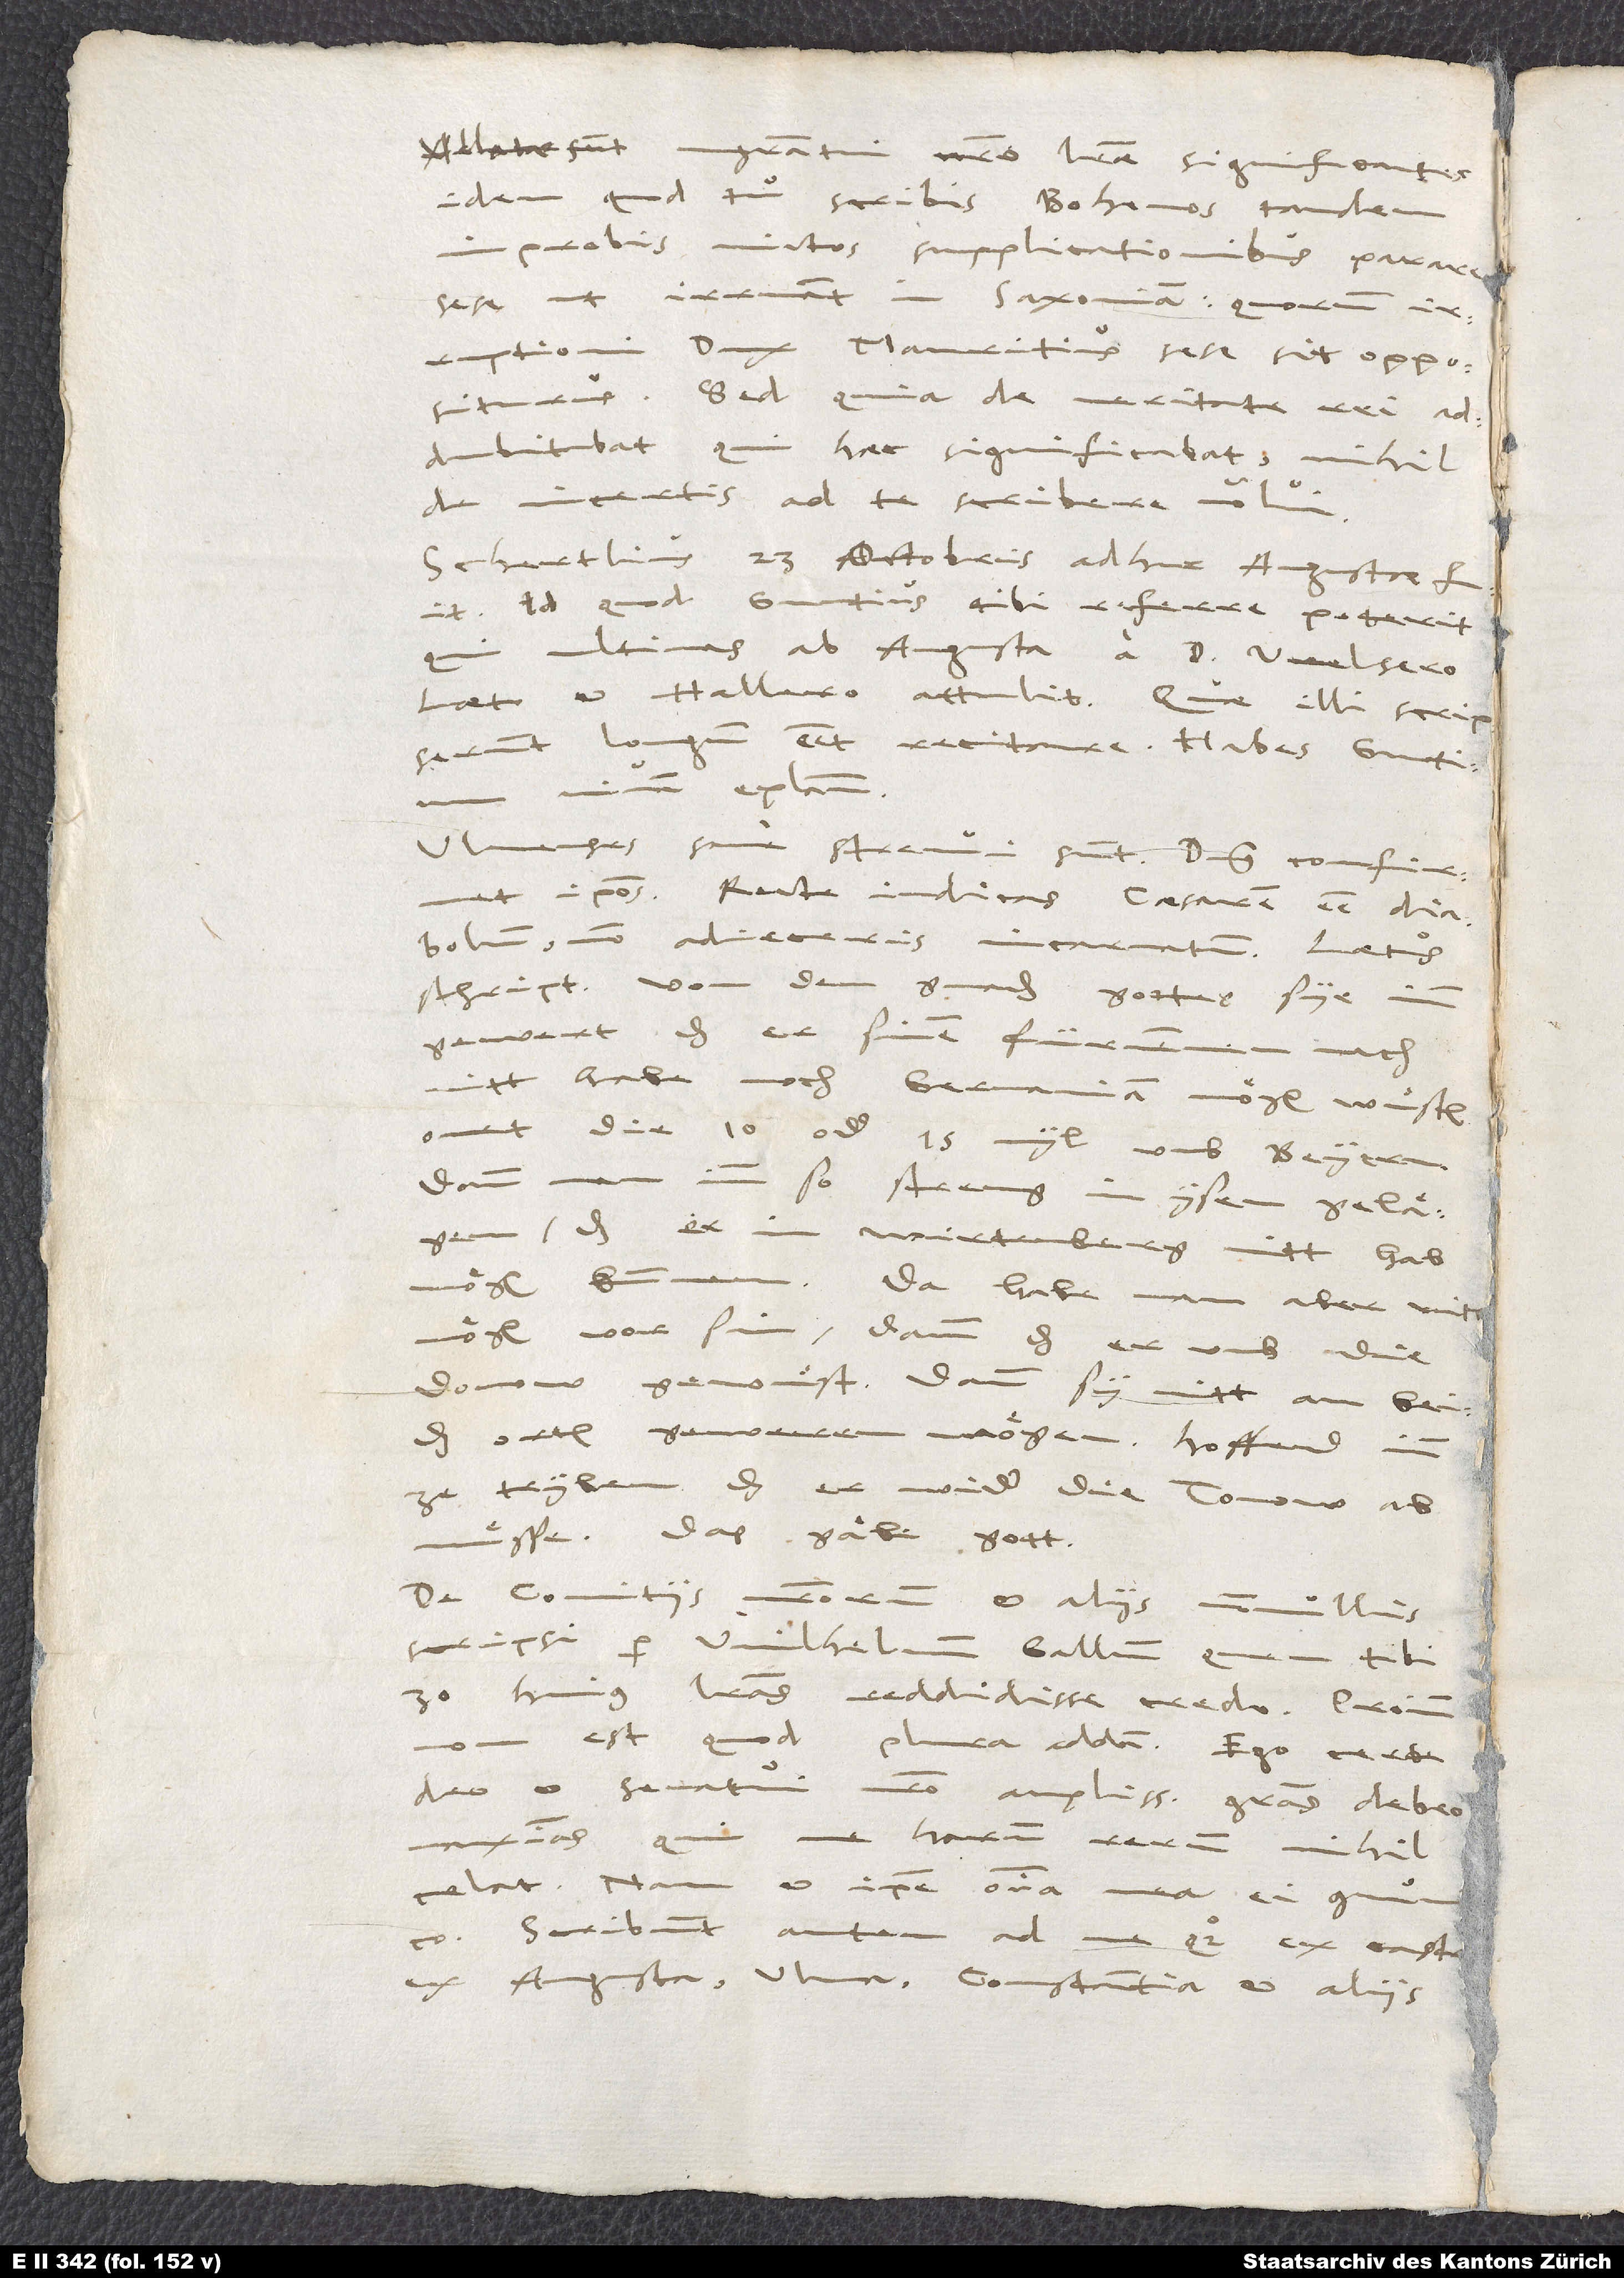
Allatae sunt magistratui nostro literae significantes
idem, quod tu scribis: Bohemos tandem
improbis victos supplicationibus parare
sese, ut irruant in Saxoniam, quorum
irruptioni dux Mauritius sese sit oppositurus.
Sed quia de veritate rei
addubitabat, qui haec significabat, nihil
de incertis ad te scribere volui.
Schertlius 23. octobris adhuc Augustae fuit,
id quod Guntius tibi referre poterit,
ultimas ab Augusta a d. Welsero,
Laeto et Hallero attulit. Quae illi scripserunt,
longum esset recitare. Habes Guntium
vivam epistolam.
Ulmenses sane strenui sunt. Dominus confirmet
modo adieceris incarnatum. Laetus
schript, von dem gnaden gottes sye imm
gewert, das er sinem fürnemmen nach
nitt habe noch Germaniam moͤgen wuͤsten
onet die 10 oder 15 myl umb Beyern.
Dann man inn so streng in ysen gelaͤ gen,
das er in Wirtenberg nitt hab
Da habe man aber nitt
moͤgen vor sin, dann das er umb die
Donow gewuͤst, dann sy nitt an beiden
orten gewerren moͤgen. Hoffend, inn
ze tryben, das er wider die Tonow ab
muͤsse. Das gaͤbe gott!
De comitiis nostrorum et aliis nonnullis
scripsi per Wilhelmum Gallum, quem tibi
30. huius literas reddidisse credo. Proinde
non est, quod
plura addam. Ego certe
deo et senatui nostro amplissimas gratias debeo
maximas, qui
me harum rerum nihil
celat! Nam et ipse omnia mea ei communico.
Scribunt autem ad me quoque ex castris,
ex Augusta, Ulma, Constantia et aliis